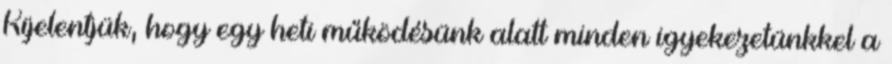
Kijelentjük, hogy egy heti működésünk alatt minden igyekezetünkkel a